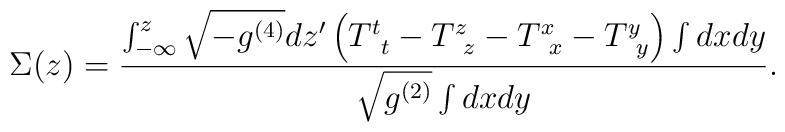
\Sigma(z)=\frac{\int_{-\infty}^{z}\sqrt{-g^{(4)}} dz'\left(T^{t}_{\;\;t}-T^{z}_{\;\;z}-T^{x}_{\;\;x}-T^{y}_{\;\;y}\right)\int dx dy}{\sqrt{g^{(2)}} \int dx dy}.